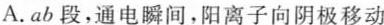
A.ab段，通电瞬间，阳离子向阴极移动